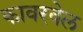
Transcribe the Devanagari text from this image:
कावरवेल